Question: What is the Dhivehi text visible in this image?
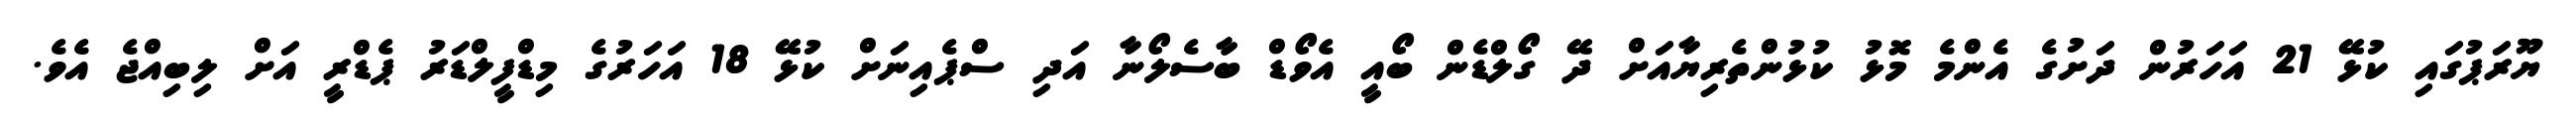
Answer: ޔޫރަޕުގައި ކުޅޭ 21 އަހަރުން ދަށުގެ އެންމެ މޮޅު ކުޅުންތެރިޔާއަށް ދޭ ގޯލްޑެން ބޯއީ އެވޯޑް ބާސެލޯނާ އަދި ސްޕެއިނަށް ކުޅޭ 18 އަހަރުގެ މިޑްފީލްޑަރު ޕެޑްރީ އަށް ލިބިއްޖެ އެވެ.